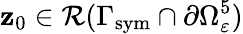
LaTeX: \mathbf{z}_{0}\in\mathcal{{R}}(\Gamma_{\mathrm{{sym}}}\cap\partial\Omega_{\varepsilon}^{5})